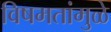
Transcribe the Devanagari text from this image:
विषमतांमुळे